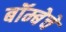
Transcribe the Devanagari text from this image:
बॉम्बेचे